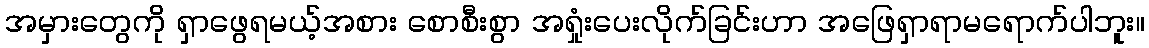
အမှားတွေကို ရှာဖွေရမယ့်အစား စောစီးစွာ အရှုံးပေးလိုက်ခြင်းဟာ အဖြေရှာရာမရောက်ပါဘူး။